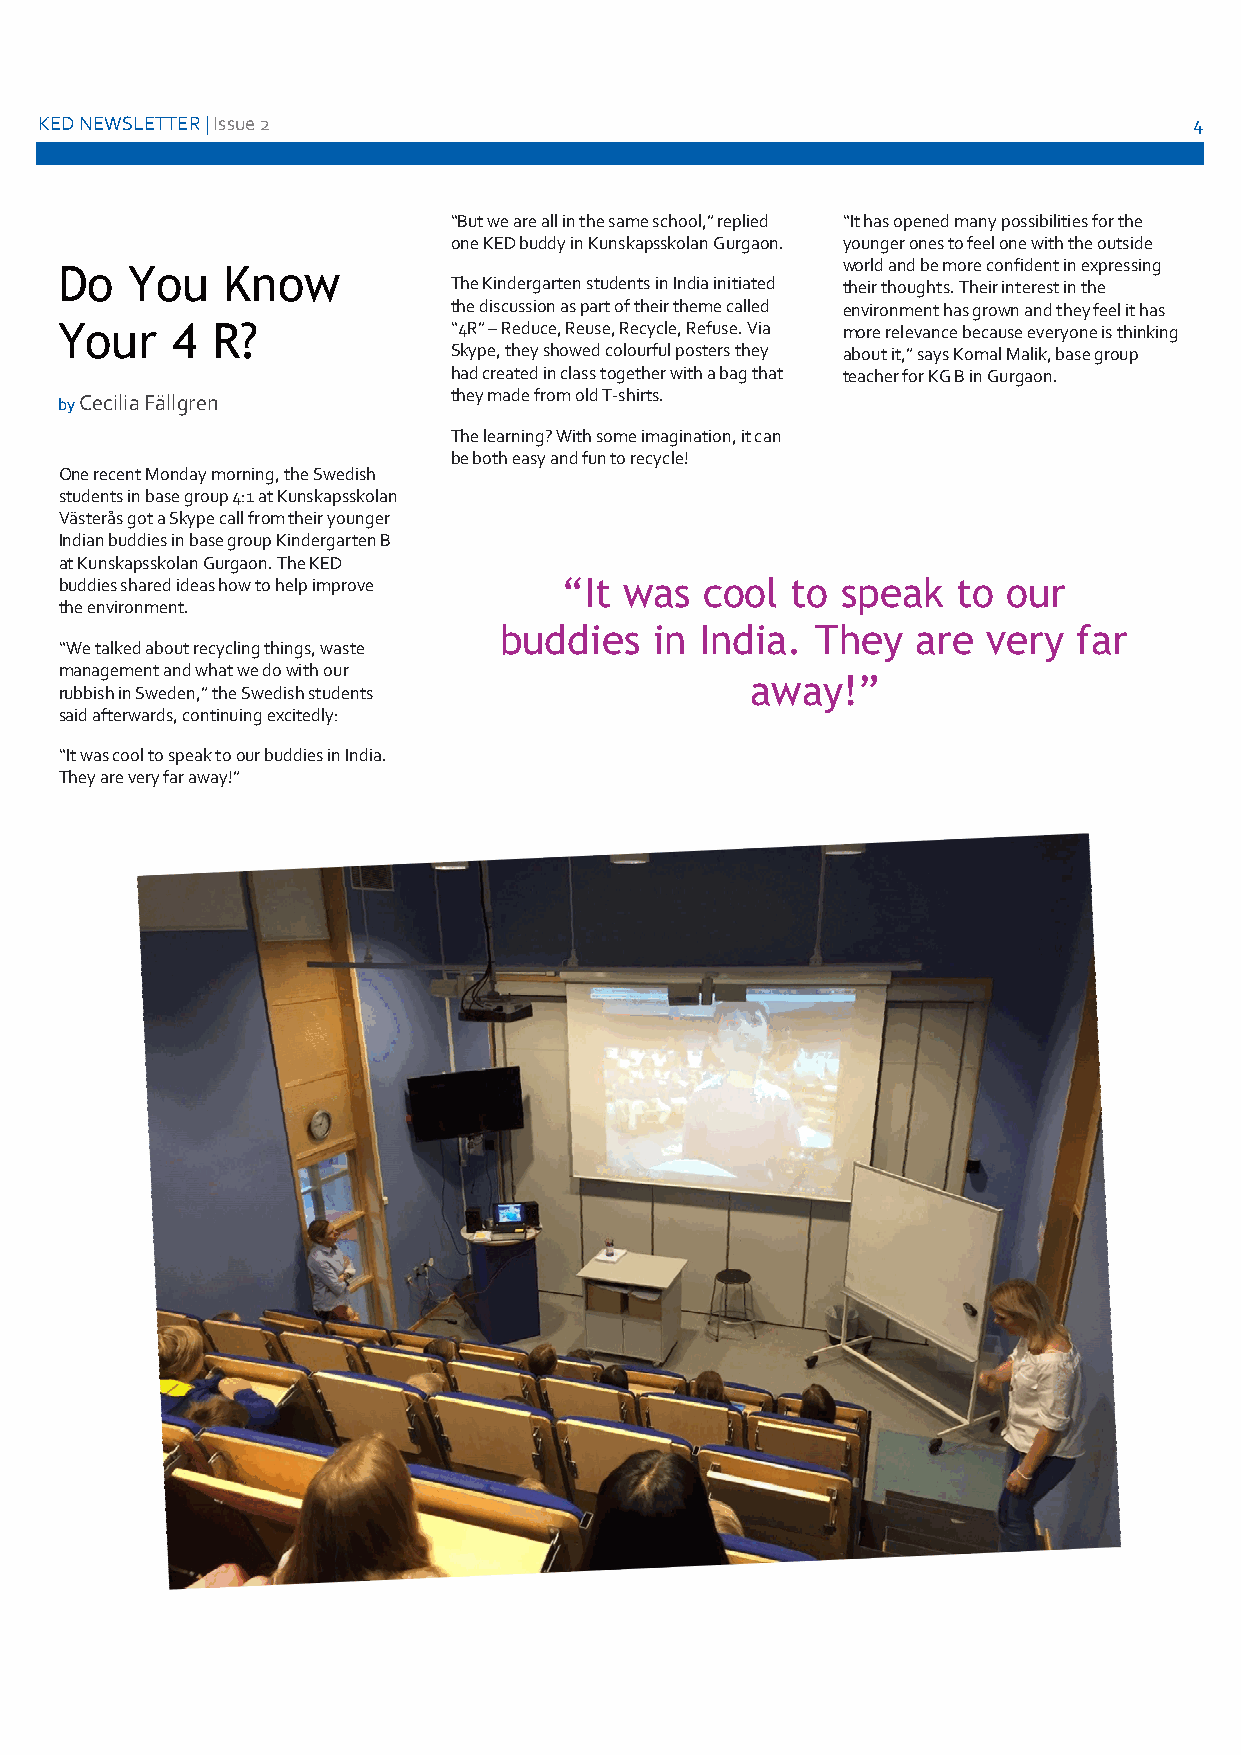
KED NEWSLETTER | Issue 2                                                     4
 “But we are all in the same school,” replied “It has opened many possibilities for the
 one KED buddy in Kunskapsskolan Gurgaon. younger ones to feel one with the outside
 world and be more confident in expressing
 Do  You    Know
 The Kindergarten students in India initiated their thoughts. Their interest in the
 the discussion as part of their theme called environment has grown and they feel it has
 Your   4  R?              “4R” – Reduce, Reuse, Recycle, Refuse. Via more relevance because everyone is thinking
 Skype, they showed colourful posters they about it,” says Komal Malik, base group
 had created in class together with a bag that teacher for KG B in Gurgaon.
 they made from old T-shirts.
 by Cecilia Fällgren
 The learning? With some imagination, it can
 be both easy and fun to recycle!
 One recent Monday morning, the Swedish
 students in base group 4:1 at Kunskapsskolan
 Västerås got a Skype call from their younger
 Indian buddies in base group Kindergarten B
 at Kunskapsskolan Gurgaon. The KED
 buddies shared ideas how to help improve “It was cool to speak to our
 the environment.
 buddies   in India.  They   are very  far
 “We talked about recycling things, waste
 management and what we do with our
 away!”
 rubbish in Sweden,” the Swedish students
 said afterwards, continuing excitedly:
 “It was cool to speak to our buddies in India.
 They are very far away!”